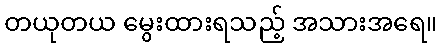
တယုတယ မွေးထားရသည့် အသားအရေ။